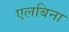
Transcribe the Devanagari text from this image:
एलबिना